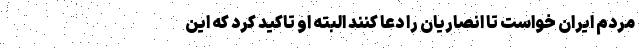
مردم ایران خواست تا انصاریان را دعا کنند البته او تاکید کرد که این